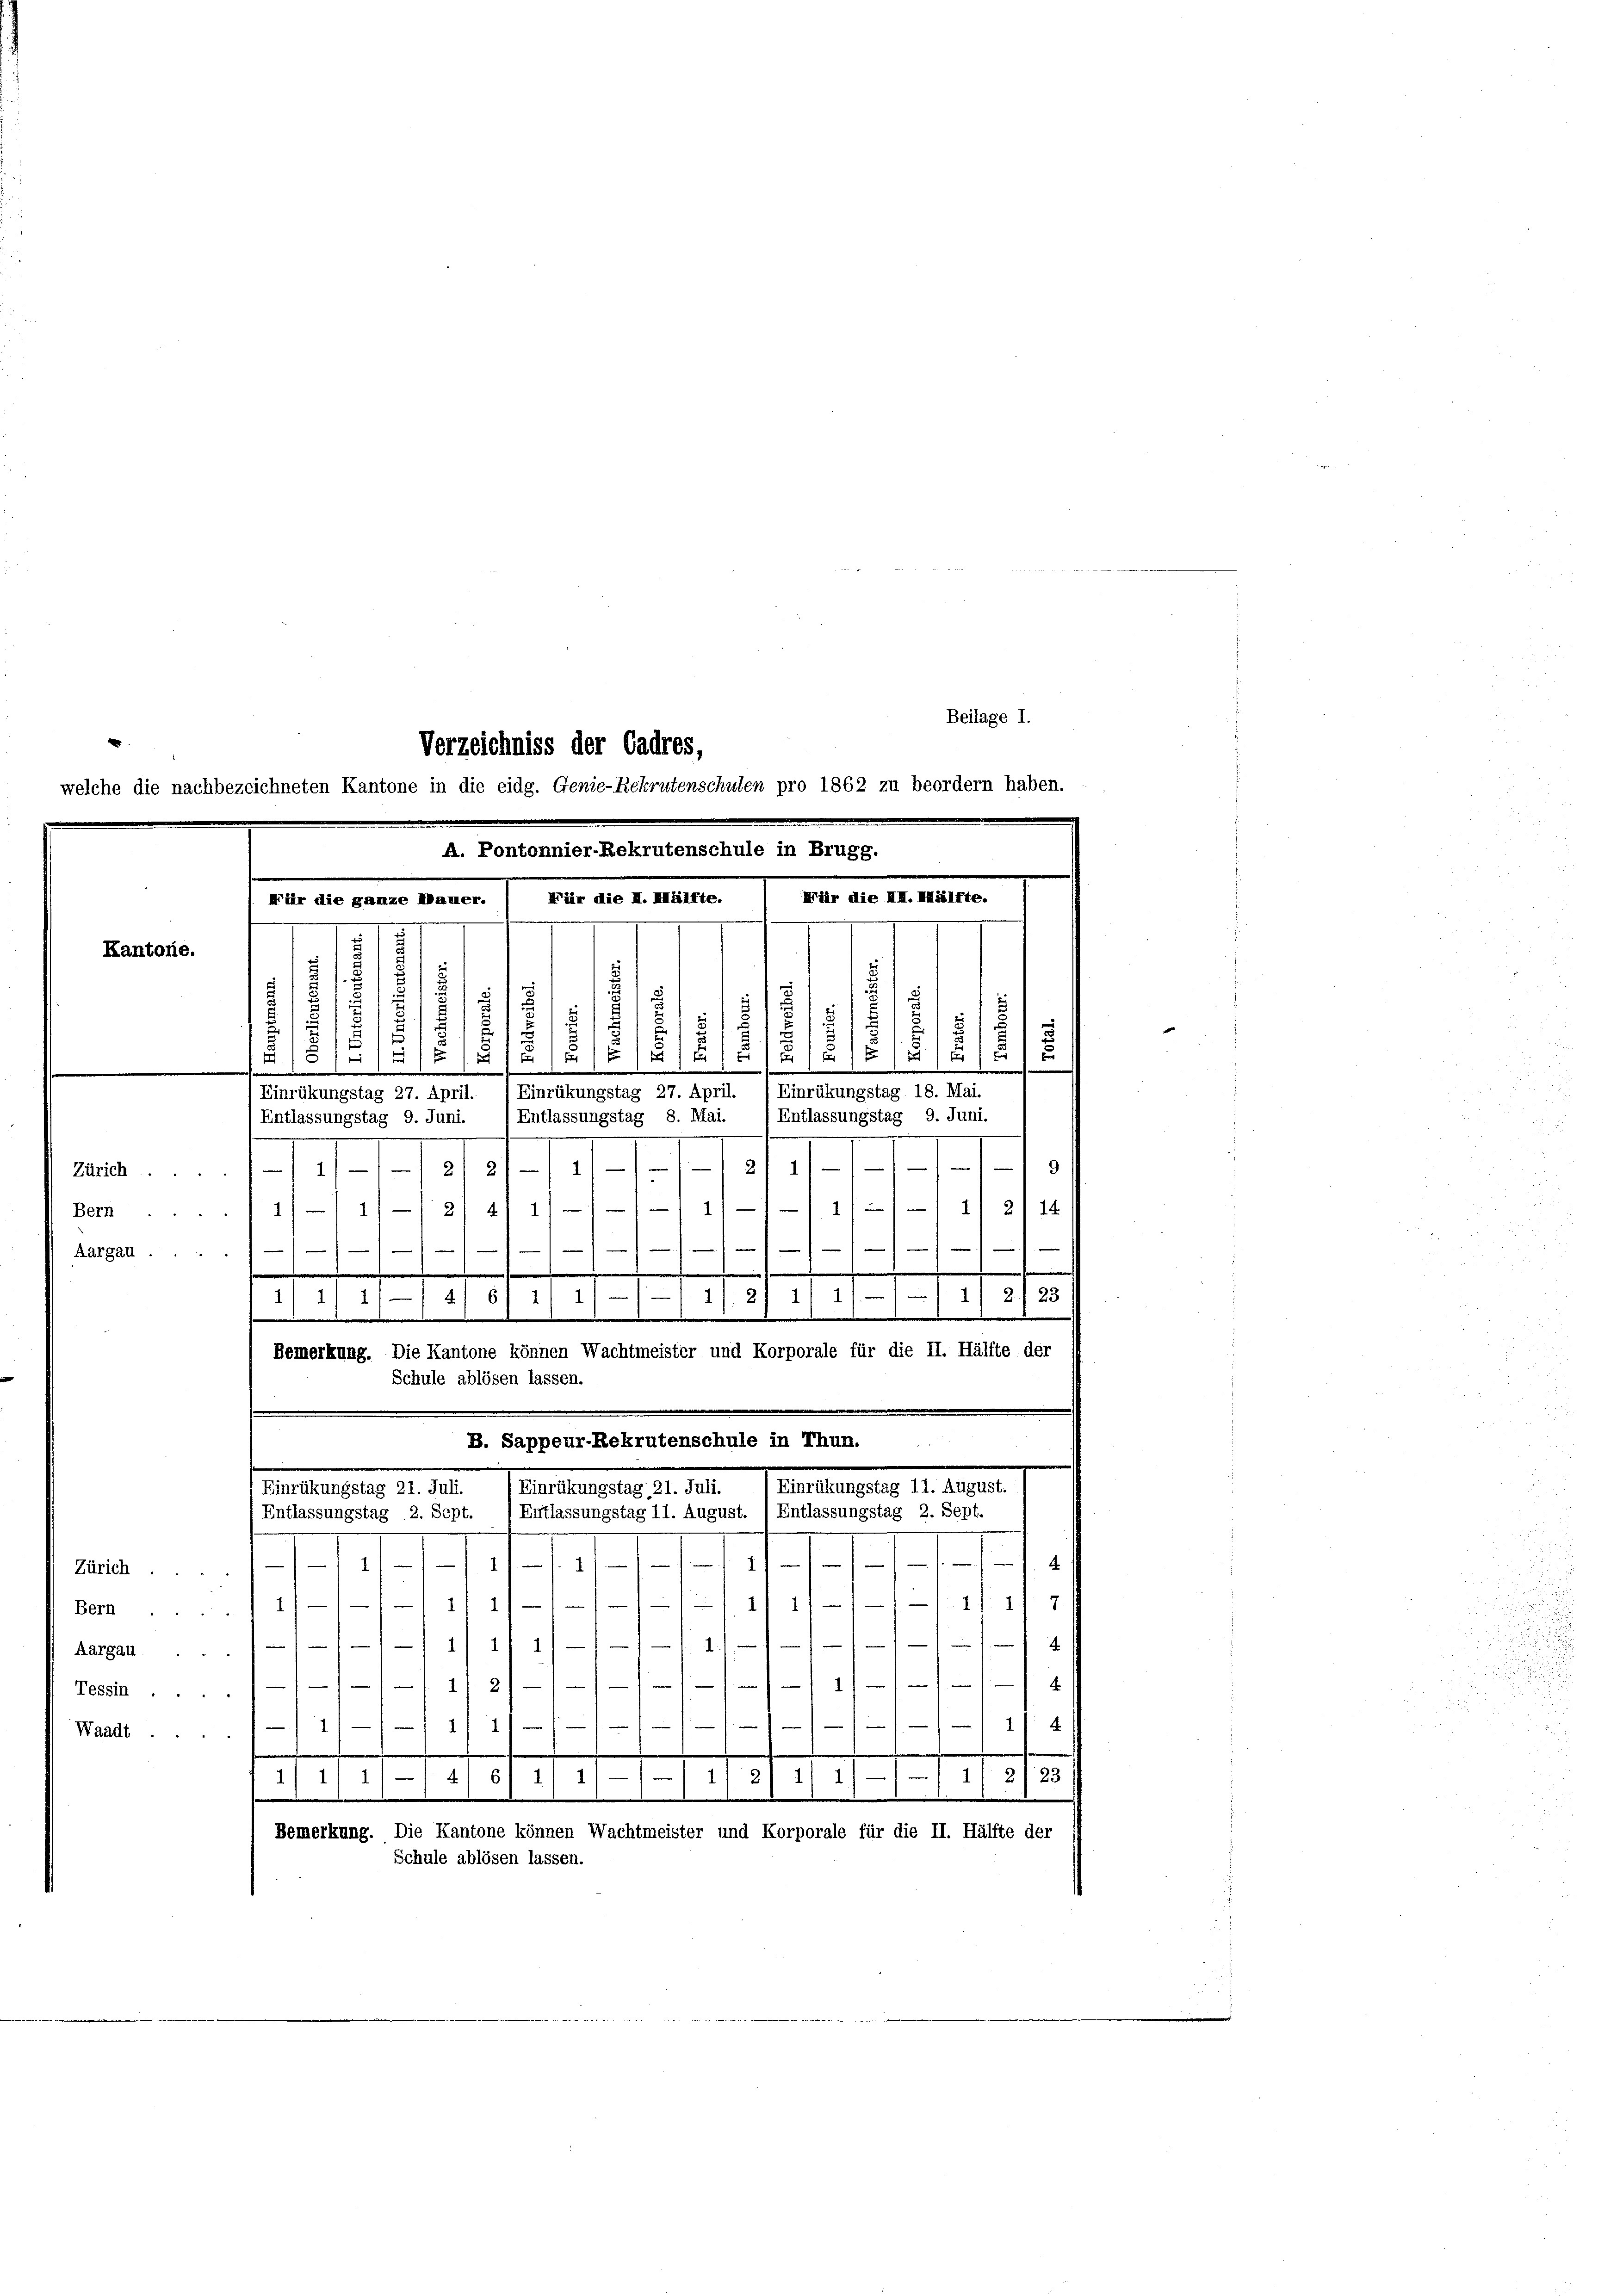
Verzeichniss der Cadres,
welche die nachbezeichneten Kantone in die eidg. Genie-Rekrutenschulen pro 1862 zu beordern haben.
A. Pontonnier-Rekrutenschule in Brugg.
Für die III.
Für die H. Hälfte.
Für die ganze Mauer.

Kantone.

Zürich ..
Bern
Aargau ...

Zürich.
Bern ..
Aargau.
Tessin . .
Waadt.

.
Entlassungstag 9. Juni.
Entlassungstag 8. Mai.
Entlassungstag 9. Juni.
9
1
.
111/ 1/ 2114
 111 2/4 11
e
—
e
—
s

.
23
2.
11/11—41 et 11 111 1/2 1/ 1/1 1
.
de
Bemerkung. Die Kantone können Wachtmeister und Korporale für die II. Hälfte der
Schule ablösen lassen.
B. Sappeur-Rekrutenschule in Thun.
Einrükungstag 11. August.
Einrückungstag 21. Juli.
Einrükungstag 21. Juli.
Entlassungstag 2. Sept.
Entlassungstag 11. August.
Entlassungstag 2. Sept.
n
.
.
1
/
r
7.
.

2
.
1.
11. 21
87. 8. 1
2
1
.
8/11/11. 11. 3211/11 1/2
11
.
Bemerkung. Die Kantone können Wachtmeister und Korporale für die II. Hälfte der
Schule ablösen lassen.

5
¬
d
t
7
8
1
2
.
d
u
s
/5/5 2/5
§15
5

u
F
e
u
e
Einrükungstag 18. Mai.
Einrükungstag 27. April.
Einrükungstag 27. April.

Beilage I.